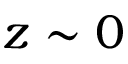
z \sim 0